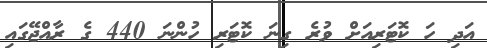
އަދި ހަ ކޮޓަރިއަށް ވުރެ ގިނަ ކޮޓަރި ހުންނަ 440 ގެ ރާއްޖޭގައި